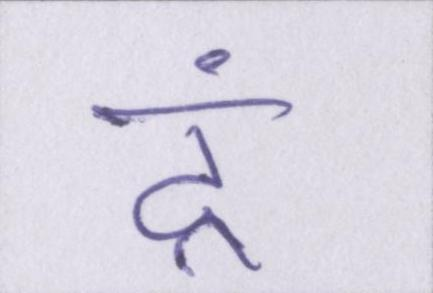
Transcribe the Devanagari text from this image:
दूं।